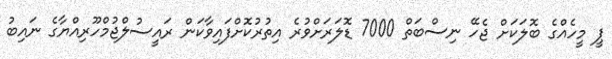
ޕީ މީހެއްގެ ބޮލަކަށް ޖެހޭ ނިސްބަތް 7000 ޑޮލަރަށްވުރެ އިތުރުކޮށްފައިވާކަން ރައީސުލްޖުމްހޫރިއްޔާގެ ނައިބު